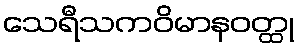
သေရီသကဝိမာနဝတ္ထု